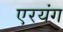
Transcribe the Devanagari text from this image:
एरयंग